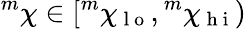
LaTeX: {}^{m}\chi\in[{}^{m}\chi_{\mathrm{~l~o~}},{}^{m}\chi_{\mathrm{~h~i~}})